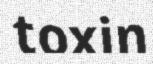
toxin